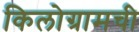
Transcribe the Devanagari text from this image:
किलोग्रामची